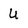
Character: U